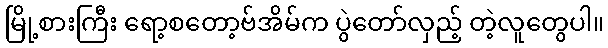
မြို့စားကြီး ရော့စတော့ဗ်အိမ်က ပွဲတော်လှည့် တဲ့လူတွေပါ။